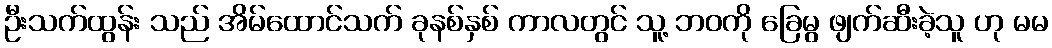
ဦးသက်ထွန်း သည် အိမ်ထောင်သက် ခုနစ်နှစ် ကာလတွင် သူ့ ဘဝကို ခြေမွ ဖျက်ဆီးခဲ့သူ ဟု မမ